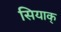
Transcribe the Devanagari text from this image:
सियाक्